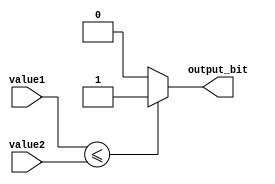
module less_than_or_equal_to_comparator (
    input signed [7:0] value1,
    input signed [7:0] value2,
    output reg output_bit
);

always @(*) begin
    if (value1 <= value2) begin
        output_bit = 1;
    end else begin
        output_bit = 0;
    end
end

endmodule